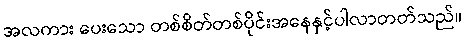
အလကား ပေးသော တစ်စိတ်တစ်ပိုင်းအနေနှင့်ပါလာတတ်သည်။